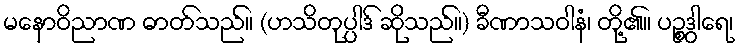
မနောဝိညာဏ ဓာတ်သည်။ (ဟသိတုပ္ပါဒ် ဆိုသည်။) ခီဏာသဝါနံ၊ တို့၏။ ပဉ္စဒွါရေ၊